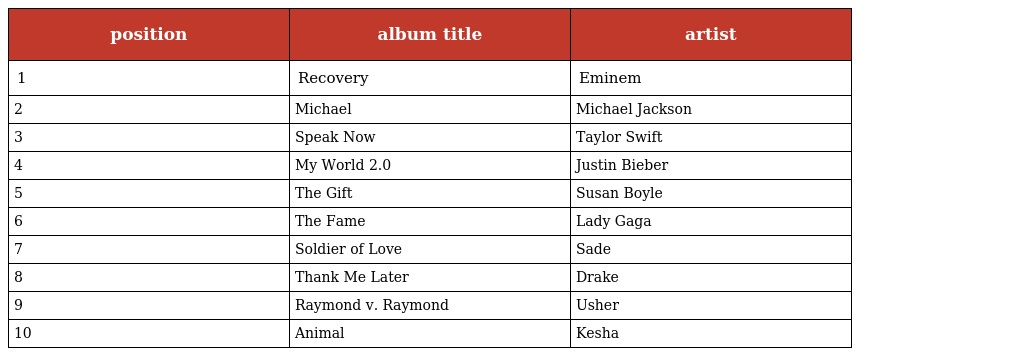
| position | album title | artist |
 | --- | --- | --- |
 | 1 | Recovery | Eminem |
 | 2 | Michael | Michael Jackson |
 | 3 | Speak Now | Taylor Swift |
 | 4 | My World 2.0 | Justin Bieber |
 | 5 | The Gift | Susan Boyle |
 | 6 | The Fame | Lady Gaga |
 | 7 | Soldier of Love | Sade |
 | 8 | Thank Me Later | Drake |
 | 9 | Raymond v. Raymond | Usher |
 | 10 | Animal | Kesha |